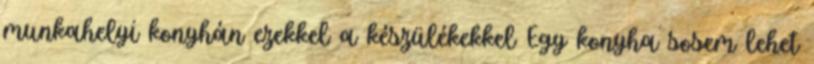
munkahelyi konyhán ezekkel a készülékekkel Egy konyha sosem lehet